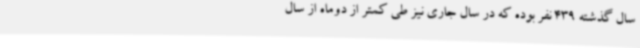
سال گذشته 439 نفر بوده که در سال جاری نیز طی کمتر از دوماه از سال